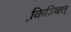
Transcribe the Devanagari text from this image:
कि़ञ्चित्